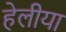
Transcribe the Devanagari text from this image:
हेलीया